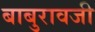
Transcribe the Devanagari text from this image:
बाबुरावजी